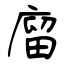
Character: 廇